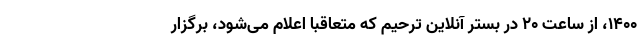
۱۴۰۰، از ساعت ۲۰ در بستر آنلاین ترحیم که متعاقبا اعلام می‌شود، برگزار